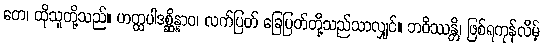
တေ၊ ထိုသူတို့သည်။ ဟတ္ထပါဒစ္ဆိန္နာဝ၊ လက်ပြတ် ခြေပြတ်တို့သည်သာလျှင်။ ဘဝိဿန္တိ၊ ဖြစ်ရကုန်လိမ့်